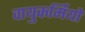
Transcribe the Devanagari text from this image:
वायुकर्मियों